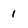
Character: 1